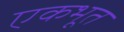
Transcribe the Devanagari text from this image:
एकभूत